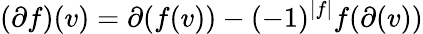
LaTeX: (\partial f)(v)=\partial(f(v))-(-1)^{\left|f\right|}f(\partial(v))